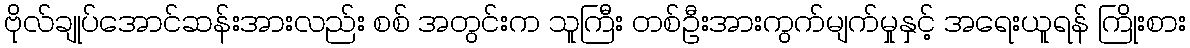
ဗိုလ်ချုပ်အောင်ဆန်းအားလည်း စစ် အတွင်းက သူကြီး တစ်ဦးအားကွက်မျက်မှုနှင့် အရေးယူရန် ကြိုးစား